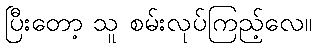
ပြီးတော့ သူ စမ်းလုပ်ကြည့်လေ။